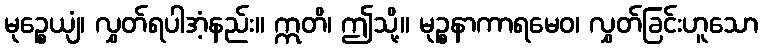
မုဉ္စေယျံ၊ လွှတ်ရပါအံ့နည်း။ ဣတိ၊ ဤသို့။ မုဉ္စနာကာရမေဝ၊ လွှတ်ခြင်းဟူသော